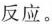
反应。